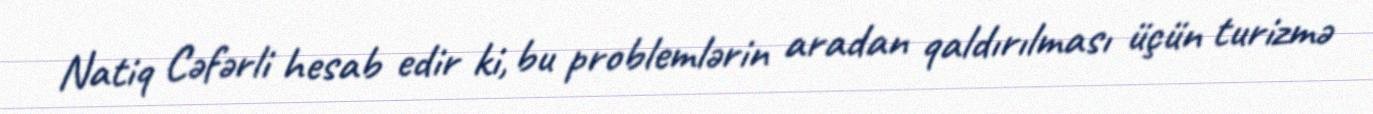
Natiq Cəfərli hesab edir ki, bu problemlərin aradan qaldırılması üçün turizmə